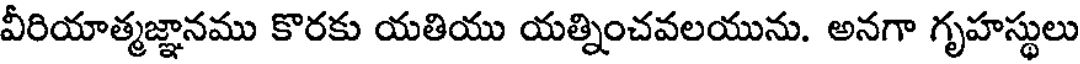
వీరియాత్మజ్ఞానము కొరకు యతియు యత్నించవలయును. అనగా గృహస్థులు